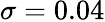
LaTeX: \sigma=0.04